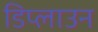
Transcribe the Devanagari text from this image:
डिप्लाउन